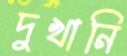
দুখানি